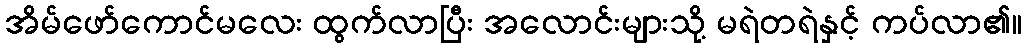
အိမ်ဖော်ကောင်မလေး ထွက်လာပြီး အလောင်းများသို့ မရဲတရဲနှင့် ကပ်လာ၏။